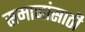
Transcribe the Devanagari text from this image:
समाजांसाठी